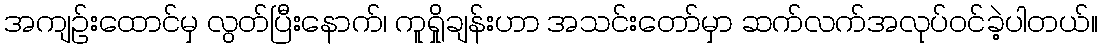
အကျဉ်းထောင်မှ လွတ်ပြီးနောက်၊ ကူရှိုချန်းဟာ အသင်းတော်မှာ ဆက်လက်အလုပ်ဝင်ခဲ့ပါတယ်။